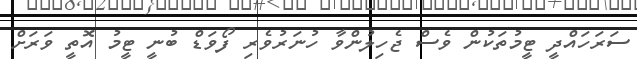
ސަރަހައްދީ ޓީމުތަކުން ވެސް ޖެހިލުންވާ ހުނަރުވެރި ފޯވަޑް ބުނީ ޓީމު އޮތީ ވަރަށް